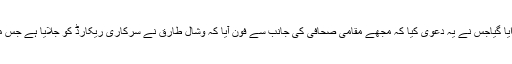
ایف آئی آر کا اندراج ایک پولیس کے آدمی کی جانب سے کرایا گیاجس نے یہ دعویٰ کیا کہ مجھے مقامی صحافی کی جانب سے فون آیا کہ وشال طارق نے سرکاری ریکارڈ کو جلایا ہے جس میں کچھ قرآنی اوراق بھی ہیں ، یہ واقع 27ستمبر کو پیش آیا۔